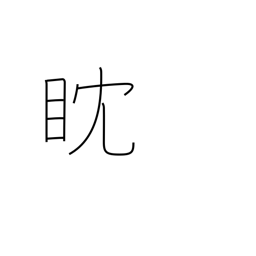
Meaning: watch intently